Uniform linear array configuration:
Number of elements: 8
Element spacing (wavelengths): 0.25
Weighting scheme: binomial
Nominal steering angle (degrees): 15
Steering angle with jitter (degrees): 16.697
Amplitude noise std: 0.05
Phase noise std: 0.05

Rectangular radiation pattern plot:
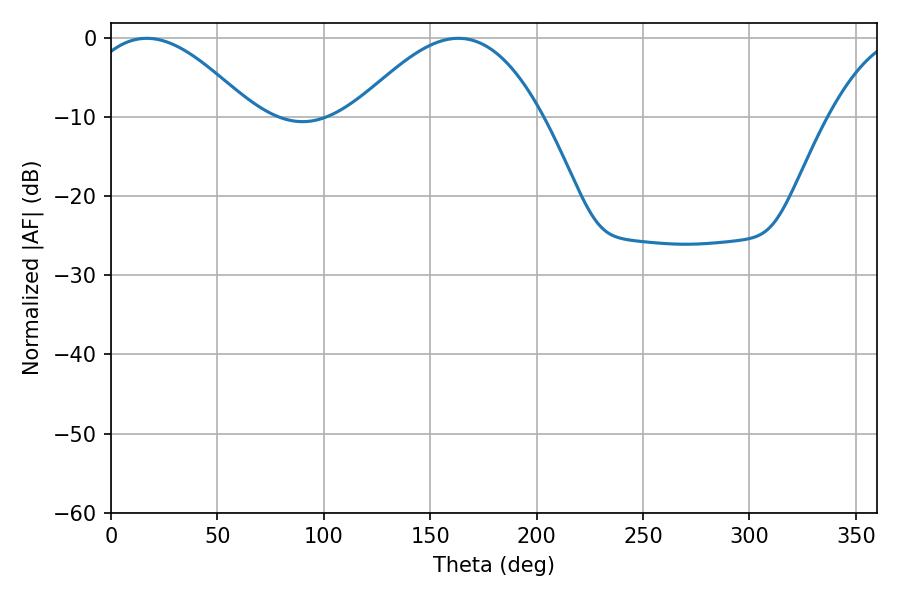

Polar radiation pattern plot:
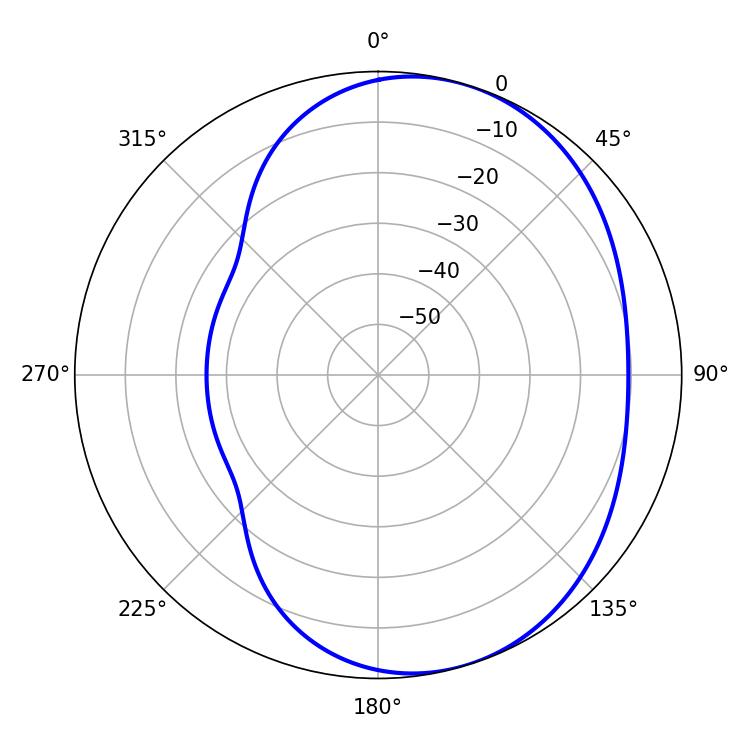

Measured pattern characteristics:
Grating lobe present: FALSE
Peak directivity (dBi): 4.946
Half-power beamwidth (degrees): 42.66
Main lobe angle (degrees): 16.74